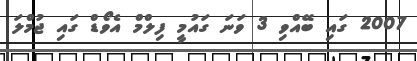
2007 ގައި ބޭއްވި 3 ވަނަ ގައުމީ ފިލްމް އެވޯޑް ގައި ޖުމްލަ